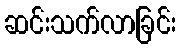
ဆင်းသက်လာခြင်း